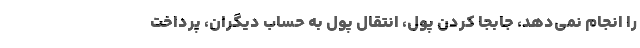
را انجام نمی‌دهد، جابجا کردن پول، انتقال پول به حساب دیگران، پرداخت